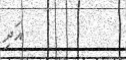
އަދި